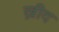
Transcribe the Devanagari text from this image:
ख्रीद